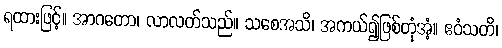
ရထားဖြင့်။ အာဂတော၊ လာလတ်သည်။ သစေအသိ၊ အကယ်၍ဖြစ်တုံအံ့။ ဧဝံသတိ၊